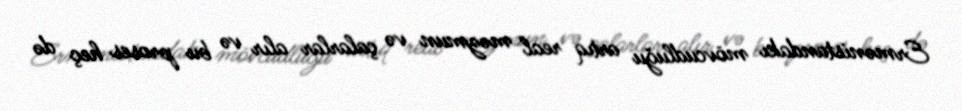
Ermənistandakı mövcudluğu artıq real məzmun və çalarlar alır və bu proses heç də